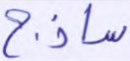
ساذج